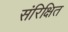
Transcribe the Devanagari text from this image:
संरिक्षित